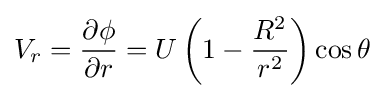
V_{r}={\frac {\partial \phi }{\partial r}}=U\left(1-{\frac {R^{2}}{r^{2}}}\right)\cos \theta